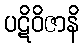
ပဋိဝိဇာနိ